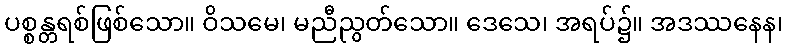
ပစ္စန္တရစ်ဖြစ်သော။ ဝိသမေ၊ မညီညွတ်သော။ ဒေသေ၊ အရပ်၌။ အဒဿနေန၊